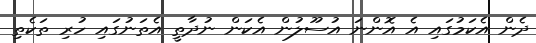
ދެން އެކަމުގައި އެ އޮންނަ އުސޫލުން އެކަން ނުދާތީ އެތަނުގައި ހުރި ތަކެތި